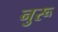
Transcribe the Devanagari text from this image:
नुरू